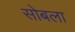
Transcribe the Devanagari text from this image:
सोबला